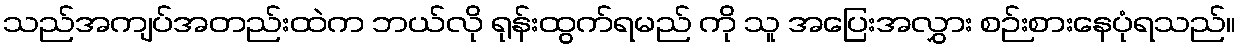
သည်အကျပ်အတည်းထဲက ဘယ်လို ရုန်းထွက်ရမည် ကို သူ အပြေးအလွှား စဉ်းစားနေပုံရသည်။